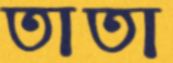
তাতা